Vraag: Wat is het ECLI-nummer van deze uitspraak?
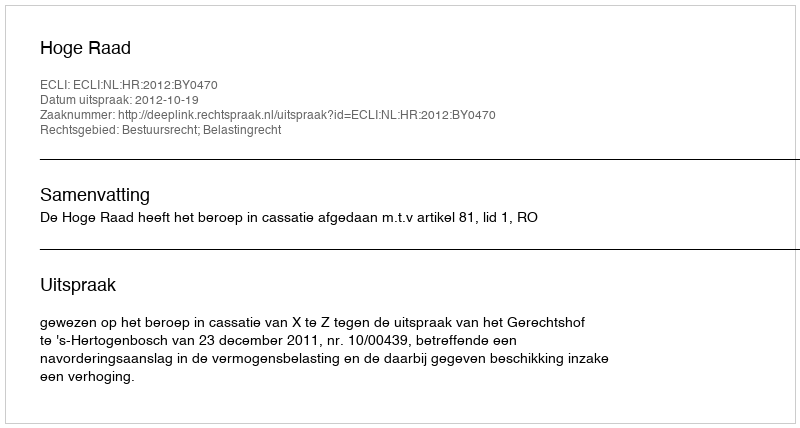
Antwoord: ECLI:NL:HR:2012:BY0470